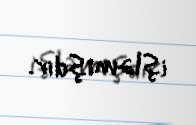
işləmişdir.